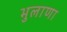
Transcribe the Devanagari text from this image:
भुलाणा